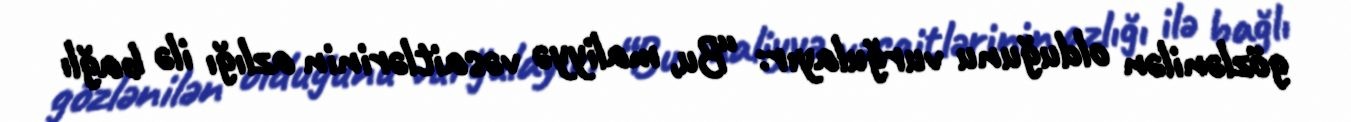
gözlənilən olduğunu vurğulayır: “Bu, maliyyə vəsaitlərinin azlığı ilə bağlı